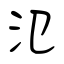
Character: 氾